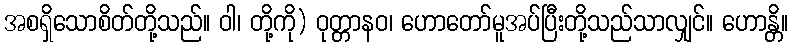
အစရှိသောစိတ်တို့သည်။ ဝါ၊ တို့ကို) ဝုတ္တာနဝ၊ ဟောတော်မူအပ်ပြီးတို့သည်သာလျှင်။ ဟောန္တိ။